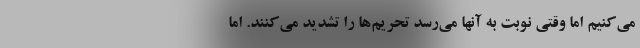
می‌کنیم اما وقتی نوبت به آنها می‌رسد تحریم‌ها را تشدید می‌کنند. اما